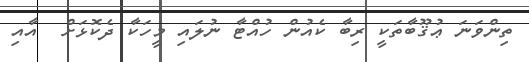
ތިންވަނަ ޢުޤޫބާތަކީ ރިބާ ކެއުން ހުއްޓާ ނުލައި މީހަކާ ދެކޮޅަށް  އާއި